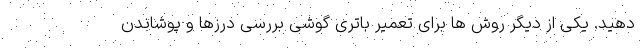
دهید. یکی از دیگر روش ها برای تعمیر باتری گوشی بررسی درزها و پوشاندن